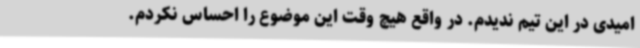
امیدی در این تیم ندیدم. در واقع هیچ وقت این موضوع را احساس نکردم.